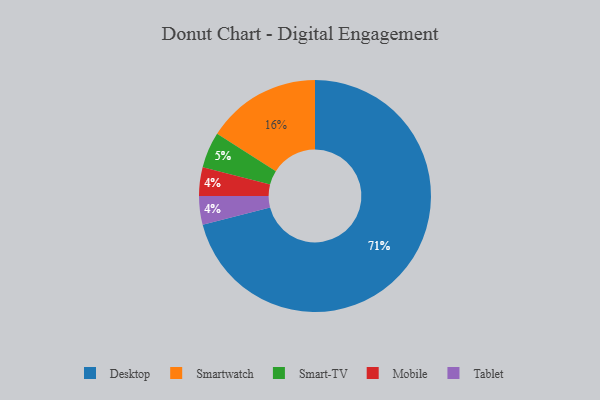
{"axis": {"x": "Category", "y": "Percentage"}, "legend": ["Desktop", "Mobile", "Smart-TV", "Smartwatch", "Tablet"], "data": [{"x": "Desktop", "y": 71, "type": "Desktop"}, {"x": "Smart-TV", "y": 5, "type": "Smart-TV"}, {"x": "Mobile", "y": 4, "type": "Mobile"}, {"x": "Tablet", "y": 4, "type": "Tablet"}, {"x": "Smartwatch", "y": 16, "type": "Smartwatch"}]}